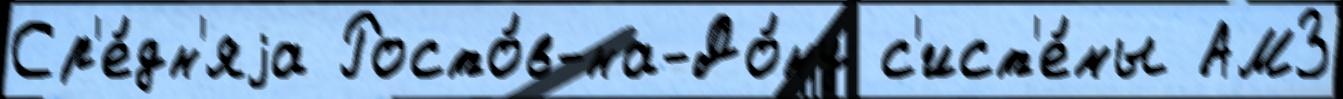
Ср'е́дн'яjа Росто́в-на-До́ну с'ист'е́мы АМЗ